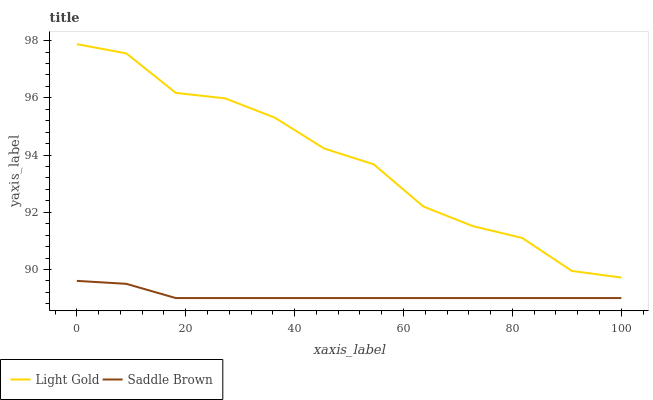
| xaxis_label | Light Gold | Saddle Brown |
 | --- | --- | --- |
 | 0 | 97.9 | 89.6 |
 | 9.09 | 97.6 | 89.5 |
 | 18.2 | 96.2 | 89 |
 | 27.3 | 96 | 89 |
 | 36.4 | 95.3 | 89 |
 | 45.5 | 94.2 | 89 |
 | 54.5 | 93.7 | 89 |
 | 63.6 | 92.2 | 89 |
 | 72.7 | 91.5 | 89 |
 | 81.8 | 91.1 | 89 |
 | 90.9 | 89.9 | 89 |
 | 100 | 89.7 | 89 |